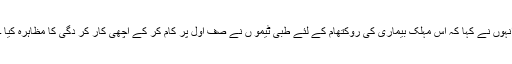
انہوں نے کہا کہ اس مہلک بیماری کی روکتھام کے لئے طبی ٹیمو ں نے صف اول پر کام کر کے اچھی کار کر دگی کا مظاہرہ کیا ۔